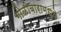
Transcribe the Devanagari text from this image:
गोळीबारामध्ये